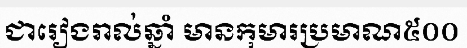
ជារៀងរាល់ឆ្នាំ មានកុមារប្រមាណ៥០០